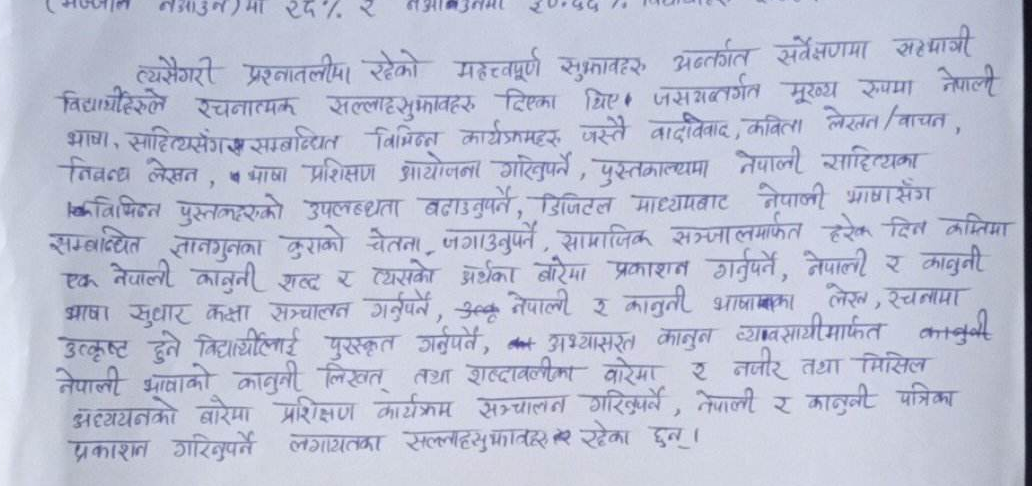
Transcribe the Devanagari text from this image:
त्यसैगरी प्रश्नावलीमा रहेको महत्त्वपूर्ण सुझावहरु अन्तर्गत सर्वेक्षणमा सहभागी विद्यार्थीहरुले रचनात्मक सल्लाहसुझावहरु दिएका थिए । जसअन्तर्गत मुख्य रुपमा नेपाली भाषा, साहित्यसँग सम्बन्धित विभिन्न कार्यक्रमहरु जस्तै वादविवाद, कविता लेखन/वाचन, निबन्ध लेखन, भाषा प्रशिक्षण आयोजना गरिनुपर्ने, पुस्तकालयमा नेपाली साहित्यका विभिन्न पुस्तकहरुको उपलब्धता बढाउनुपर्ने, डिजिटल माध्यमबाट नेपाली भाषासँग सम्बन्धित ज्ञानगुनका कुराको चेतना जगाउनुपर्ने, सामाजिक सञ्जालमार्फत हरेक दिन कम्तिमा एक नेपाली कानुनी शब्द र त्यसको अर्थका बारेमा प्रकाशन गर्नुपर्ने, नेपाली र कानुनी भाषा सुधार कक्षा सञ्चालन गर्नुपर्ने, उत्कृष्ट नेपाली र कानुनी भाषाका लेखन, रचनामा उत्कृष्ट हुने विद्यार्थीलाई पुरस्कृत गर्नुपर्ने, अभ्यासिरत कानुन व्यवसायीमार्फत कानुनी नेपाली भाषाको कानुनी लिखत तथा शब्दावलीका बारेमा र नजिर तथा मिसिल अध्ययनको बारेमा प्रशिक्षण कार्यक्रम सञ्चालन गरिनुपर्ने, नेपाली र कानुनी पत्रिका प्रकाशन गरिनुपर्ने लगायतका सल्लाहसुझावहरु रहेका छन् ।